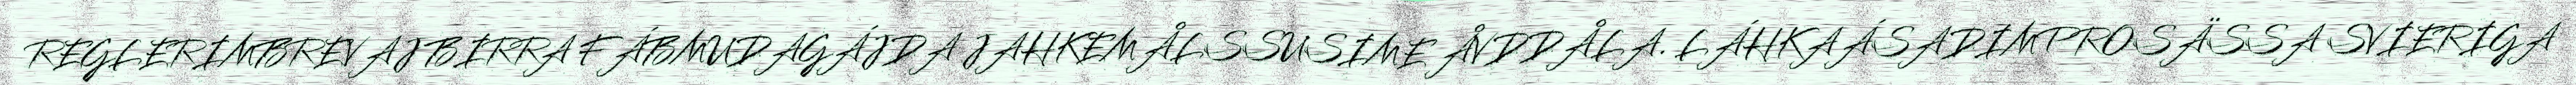
REGLERIMBREVAJ BIRRA FÁBMUDAGÁJDA JAHKEMÅLSSUSIME ÅVDDÅLA. LÁHKAÁSADIMPROSÄSSA SVIERIGA